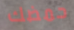
حمضك